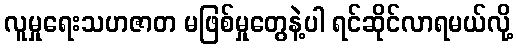
လူမှုရေးသဟဇာတ မဖြစ်မှုတွေနဲ့ပါ ရင်ဆိုင်လာရမယ်လို့